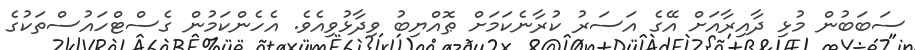
ސަބަބުން މުޅި ދާއިރާއަށް އޭގެ އަސަރު ކުރާނެކަމަށް ޠޮއްޔިބު ވިދާޅުވިއެވެ. އެހެންކަމުން ގެސްޓްހައުސްތަކުގެ